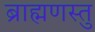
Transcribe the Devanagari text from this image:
ब्राह्मणस्तु